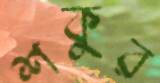
শকুর